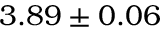
3 . 8 9 \pm 0 . 0 6